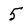
Character: 5